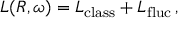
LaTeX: L ( R , \omega ) = L _ { \mathrm { c l a s s } } + L _ { \mathrm { f l u c } } \, ,